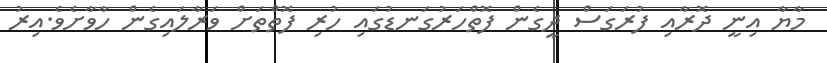
މާޔާ އިނީ ދޮރާއި ފުރަގަސް ދީގެން ފޮތްހަރުގަނޑުގައި ހުރި ފޮތްތަށް ވަރާލައިގެން ހާވާށެވެ.އިރު